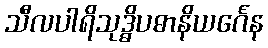
သီလပါရိသုဒ္ဓိပဓာနိယင်္ဂေန